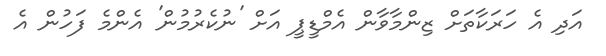
އަދި އެ ހަރަކާތަށް ޒިންމާވާން އެމްޑީޕީ އަށް 'ނުކެރުމުން' އެންމެ ފަހުން އެ